Magi,_Artur, lk 48
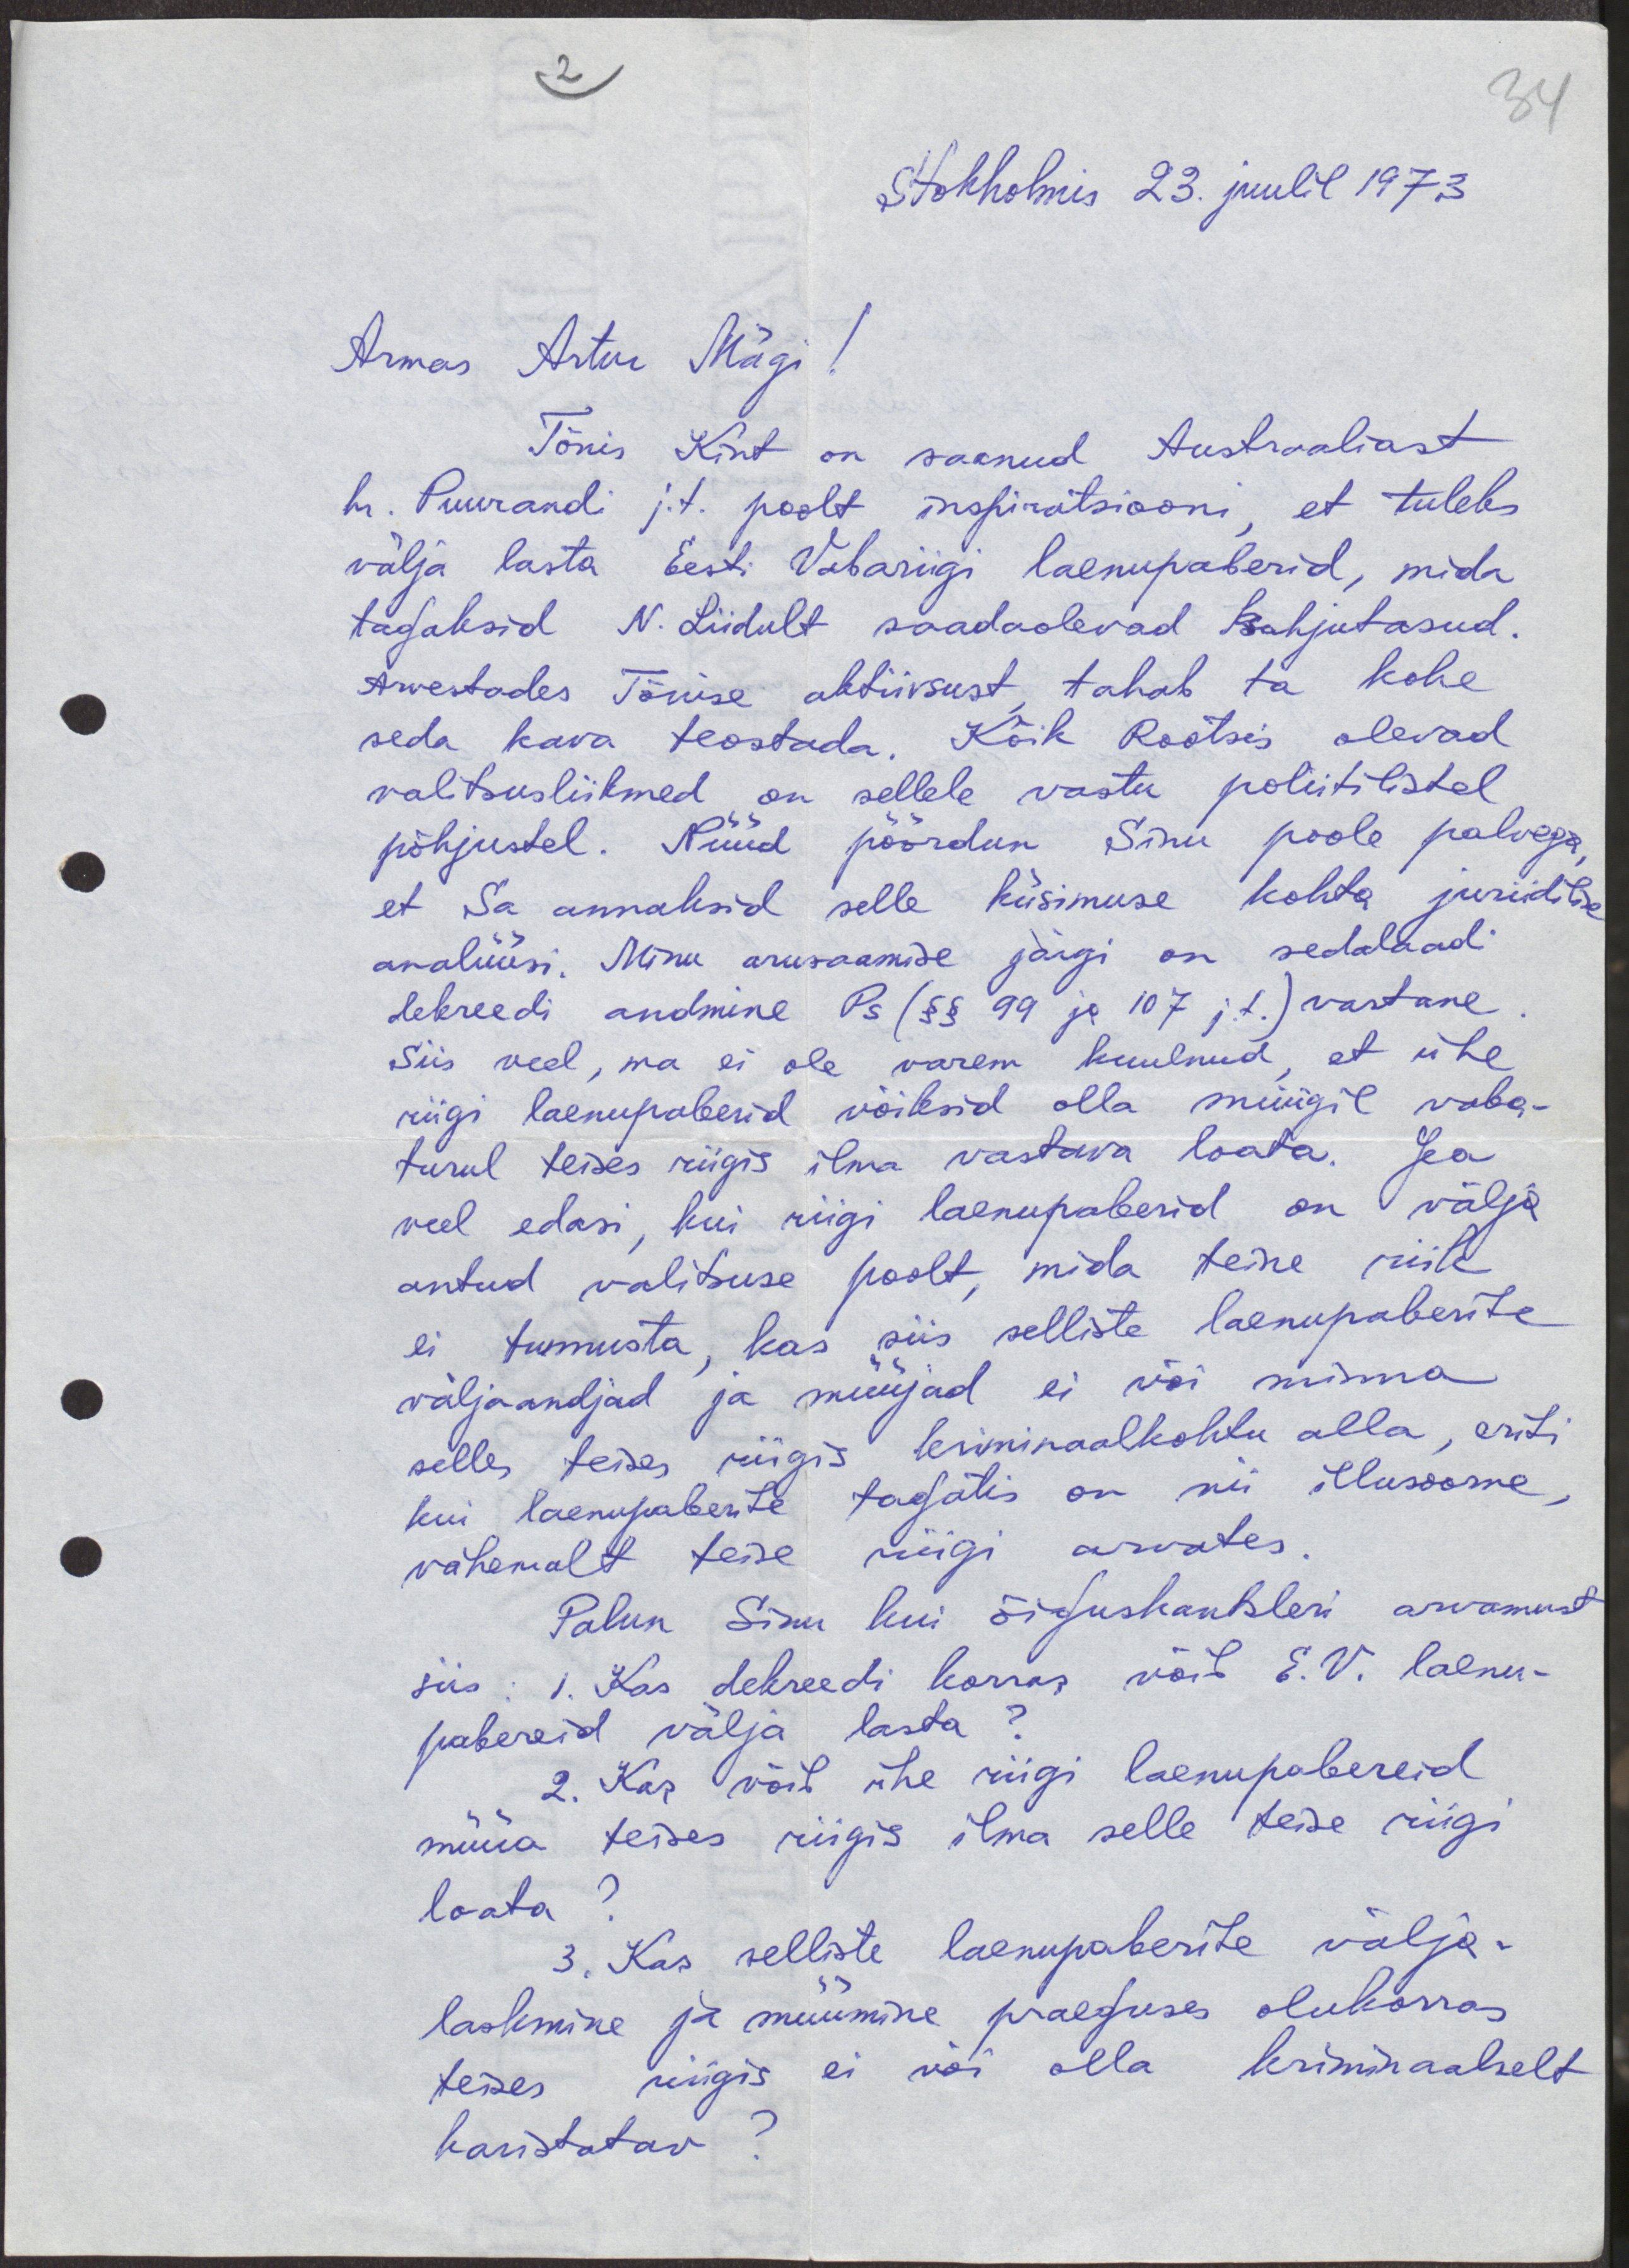
34

2
Stokholmis 23. juulil 1973
Armas Artur Mägi!
Tõnis Kint on saanud Austraaliast
hr. Puurandi j.t. poolt inspiratsiooni, et tuleks
välja lasta Eesti Vabariigi laenupaberid, mida
tagaksid N.Liidult saadaolevad kahjutasud.
Arvestades Tõnise aktiivsust tahab ta kohe
seda kava teostada. Kõik Rootsis olevad
valitsusliikmed on sellele vastu poliitilistel
põhjustel. Nüüd pöördun Sinu poole palvega,
et Sa annaksid selle küsimuse kohta juriidilise
analüüsi. Minu arusaamise järgi on sedalaadi
dekreedi andmine Ps (§§ 99 ja 107 j.t.) vastane
Siis veel, ma ei ole varem kuulnud, et ühe
riigi laenupaberid võiksid olla müügil vaba-
turul teises riigis ilma vastava loata. Ja
veel edasi, kui riigi laenupaberid on välja
antud valitsuse poolt, mida teine riik
ei tunnusta, kas siis selliste laenupaberite
väljaandjad ja müüjad ei või minna
selles teises riigis kriminaalkohtu alla, eriti
kui laenupaberite tagatis on nii illusoorne,
vähemalt teise riigi arvates
Palun Sinu kui õiguskantsleri arvamust
siis: 1. Kas dekreedi korras võib E.V. laenu-
pabereid välja lasta?
2. Kas võib ühe riigi laenupabereid
müüa teises riigis ilma selle teise riigi
loata?
3. Kas selliste laenupaberite välja-
laskmine ja müümine praeguses olukorras
teises riigis ei või olla kriminaalselt
karistatav?